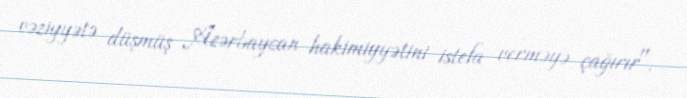
vəziyyətə düşmüş Azərbaycan hakimiyyətini istefa verməyə çağırır".